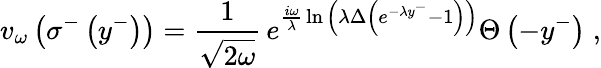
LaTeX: v_{\omega}\left(\sigma^{-}\left(y^{-}\right)\right)={\frac{1}{\sqrt{2\omega}}}\, e^{{\frac{i\omega}{\lambda}}\ln{\left(\lambda\Delta\left(e^{-\lambda y^{-}}-1\right)\right)}}\Theta\left(-y^{-}\right)\; ,